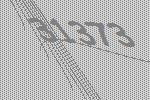
31373